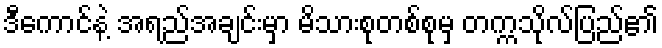
ဒီကောင်နဲ့ အရည်အချင်းမှာ မိသားစုတစ်စုမှ တက္ကသိုလ်ပြည်၏